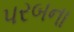
પરબના